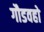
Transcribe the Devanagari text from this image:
गौडवहो